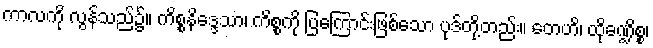
ကာလကို လွန်သည်၌။ ကိစ္စနိဒ္ဒေသာ၊ ကိစ္စကို ပြကြောင်းဖြစ်သော ပုဒ်တို့တည်း။ တေဟိ၊ ထိုခဏ္ဍိစ္စ၊